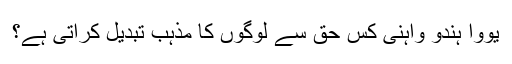
یووا ہندو واہنی کس حق سے لوگوں کا مذہب تبدیل کراتی ہے؟